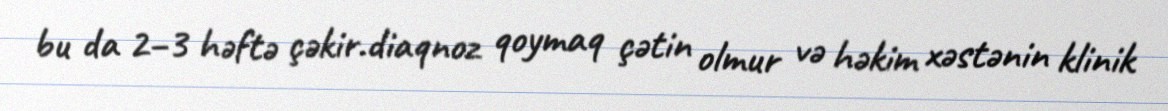
bu da 2–3 həftə çəkir.diaqnoz qoymaq çətin olmur və həkim xəstənin klinik